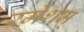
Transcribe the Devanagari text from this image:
रमेशम्